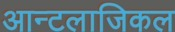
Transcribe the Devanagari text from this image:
आन्टलाजिकल